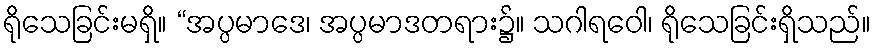
ရိုသေခြင်းမရှိ။ “အပ္ပမာဒေ၊ အပ္ပမာဒတရား၌။ သဂါရဝေါ၊ ရိုသေခြင်းရှိသည်။